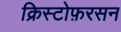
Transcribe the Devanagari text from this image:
क्रिस्टोफ़रसन